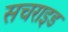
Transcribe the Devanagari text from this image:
सचराइड